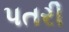
પતરી